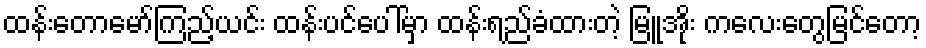
ထန်းတောမော်ကြည့်ယင်း ထန်းပင်ပေါ်မှာ ထန်းရည်ခံထားတဲ့ မြူအိုး ကလေးတွေမြင်တော့